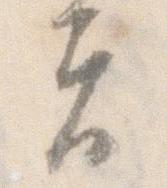
夫